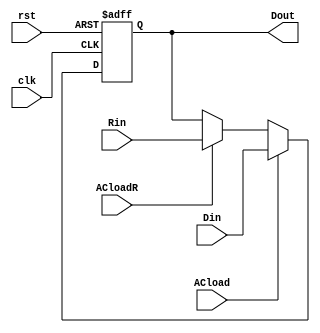
//AC

module ac(Din, Rin, clk, rst, ACload, ACloadR, Dout);

input [7:0] Din; //8 ALU
input [7:0] Rin;
input clk,       //1 qtsj.vclk_choose
      rst,       //110 
      ACload,    //1clkdindout 
      ACloadR;

output [7:0] Dout;
reg [7:0] Dout;

always @(posedge clk or negedge rst) begin
    if (!rst)
        Dout <= 0;
    else if (ACload)
        Dout <= Din;
    else if (ACloadR)
        Dout <= Rin;

end

endmodule